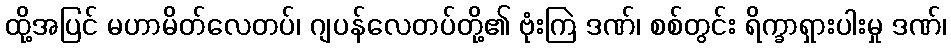
ထို့အပြင် မဟာမိတ်လေတပ်၊ ဂျပန်လေတပ်တို့၏ ဗုံးကြဲ ဒဏ်၊ စစ်တွင်း ရိက္ခာရှားပါးမှု ဒဏ်၊